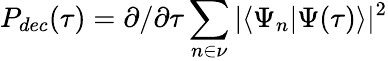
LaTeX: P_{dec}(\tau)=\partial/\partial\tau\sum_{n\in\nu}|\langle\Psi_{n}|\Psi(\tau)\rangle|^{2}